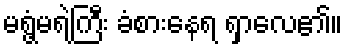
မရွံ့မရဲကြီး ခံစားနေရ ရှာလေ၏။